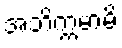
အဘိက္ကမာမိ